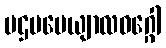
ပဌမပေယျာလဝဂ္ဂေါ